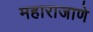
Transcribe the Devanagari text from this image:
महाराजाणे